Report on sanitation, dispensaries, and jails in Rajputana for 1910, and on vaccination for the year 1910-1911 - 1910-1911
Year: 1910
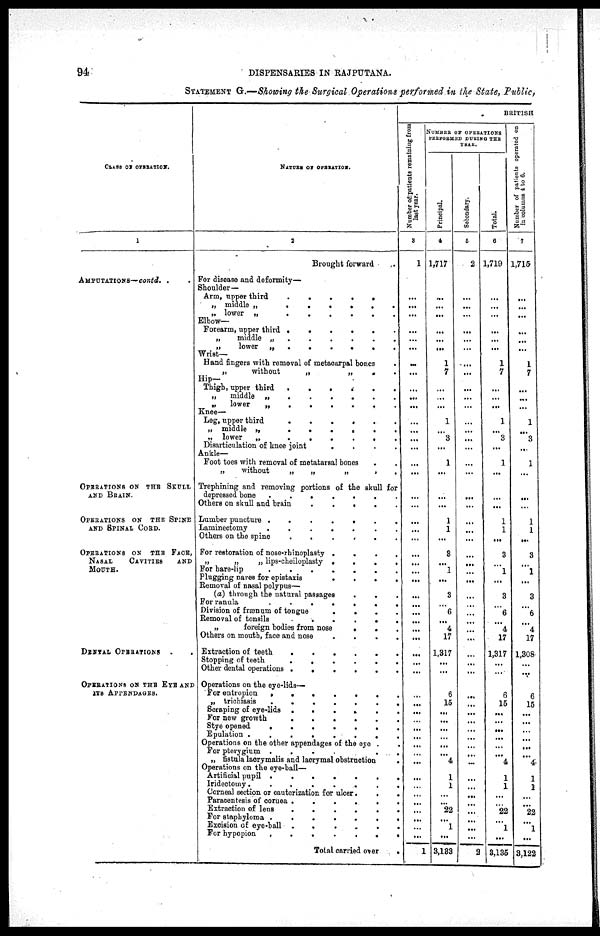
94
DISPENSARIES IN RAJPUTANA.
STATEMENT G.—Showing the Surgical Operations performed in the State, Public,
CLASS OF OPERATION.
1
AMPUTATIONS—contd. . .
OPERATIONS ON THE SKULL
AND BRAIN.
OPERATIONS ON THE SPINE
AND SPINAL CORD.
OPERATIONS ON THE FACE,
NASAL
CAVITIES
AND
MOUTH.
DENTAL OPERATIONS . .
OPERATIONS ON THE EYE AND
ITS APPENDAGES.
NATURE OF OPERATION.
2
Brought forward .
For disease and deformity—
Shoulder—
Arm, upper third
.
.
.
.
„ middle „
.
.
.
.
.
.
„ lower „
.
.
.
.
.
.
Elbow—
Forearm, upper third
.
.
.
.
.
.
„
middle „
.
.
.
.
.
.
„
lower „
.
.
.
.
.
.
Wrist—
Hand fingers with removal of metacarpal bones .
„
without
„
„
.
.
Hip—
Thigh, upper third
.
.
.
.
.
.
„
middle „
.
.
.
.
.
.
„
lower
„
.
.
.
.
.
.
Knee—
Leg, upper third
.
.
.
.
.
.
„ middle „
.
.
.
.
.
.
„ lower
„
.
.
.
.
.
.
Disarticulation of knee joint
. .
Ankle—
Foot toes with removal of metatarsal bones
.
.
„
without
„
„
„ . .
Trephining and removing portions of the skull for
depressed hone .
.
.
.
.
.
.
Others on skull and brain
.
.
.
.
.
Lumber puncture .
.
.
.
.
.
.
Laminectomy
.
.
.
.
.
.
.
Others on the spine
.
.
.
.
.
.
For restoration of nose-rhinoplasty .
.
.
.
„
„
„ lips-cheiloplasty .
.
.
.
For hare-lip
.
.
.
.
.
.
.
Plugging naves for epistaxis
.
.
.
.
Removal of nasal polypus—
(a) through the natural passages
.
.
.
For ranula
.
.
.
.
.
.
.
Division of frænum of tongue
.
.
.
.
Removal of tonsils
.
.
.
.
.
„
foreign bodies from nose
.
. .
Others on mouth, face and nose
.
.
.
.
Extraction of teeth
.
.
.
.
.
.
Stopping of teeth
.
.
.
.
.
.
Other dental operations
.
.
.
.
.
.
Operations on the eye-lids—
For entropion
.
.
.
.
.
.
.
„ trichiasis
.
.
.
.
.
.
.
Scraping of eye-lids
.
.
.
.
.
.
For new growth
.
.
.
.
.
.
Stye opened
.
.
.
.
.
.
.
Epulation .
.
.
.
.
.
.
.
Operations on the other appendages of the eye . .
For pterygium .
.
.
.
.
„ fistula lacrymalis and lacrymal obstruction
.
Operations on the eye-ball—
Artificial pupil .
.
.
.
.
.
.
Irideotomy.
.
.
.
.
.
.
.
Corneal section or cauterization for ulcer.
.
.
Paracentesis of cornea .
.
.
.
.
.
Extraction of lens
.
.
.
.
.
.
For staphyloma .
.
.
.
.
.
.
Excision of eye-ball .
.
.
.
.
For hypopion
.
.
.
.
.
.
.
Total carried over
.
BRITISH
Number of patients remaining from
last year.
3
1
...
...
...
...
...
...
...
...
...
...
...
...
...
...
...
...
...
...
...
...
...
...
...
...
...
...
...
...
...
...
...
...
...
...
...
...
...
...
...
...
...
...
...
...
...
...
...
...
...
...
...
...
...
1
NUMBER OF OPERATIONS
PERFORMED DURING THE
YEAR.
Principal.
4
1,717
...
...
...
...
...
...
1
7
...
...
...
1
...
3
...
1
...
...
...
1
1
...
3
...
1
...
3
...
6
...
4
17
1,317
...
...
...
6
15
...
...
...
...
...
...
4
1
1
...
...
22
...
1
...
3,133
Secondary.
5
2
...
...
...
...
...
...
...
...
...
...
...
...
...
...
...
...
...
...
...
...
...
...
...
...
...
...
...
...
...
...
...
...
...
...
...
...
...
...
...
...
...
...
...
...
...
...
...
...
...
...
...
...
2
Total.
6
1,719
...
...
...
...
...
...
1
7
...
...
...
1
...
3
...
1
...
...
...
1
1
...
3
...
1
...
3
...
6
...
4
17
1,317
...
...
...
6
15
...
...
...
...
...
...
4
1
1
...
...
22
...
1
...
3,135
Number of patients operated on
in columns 4 to 6.
7
1,715
...
...
...
...
...
...
1
7
...
...
...
1
...
3
...
1
...
...
...
1
1
...
3
...
1
...
3
...
6
...
4
17
1,308
...
...
...
6
15
...
...
...
...
...
...
4
1
1
...
...
22
...
1
...
3,122